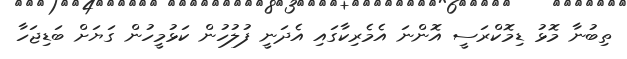
ތިބުނާ މޮޅު ޑިމޮކްރަސީ އޮންނަ އެމެރިކާގައި އެދަނީ ފުލުހުން ކަޅުމީހުން ގަޔަށް ބަޑިޖަހާ